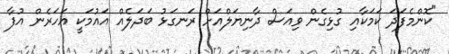
"ކޮންމެފަދަ ކަމަކާއި ގުޅިގެން ވިއަސް ދާނިޔަލްއަށް ރަނގަޅު ބަދަލެއް އައުމަކީ އަހަރެން އުފާ